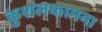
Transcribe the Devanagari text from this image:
कुशलकामना